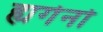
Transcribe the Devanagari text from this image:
ह्यगेनो